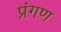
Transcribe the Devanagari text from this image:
प्रंगण